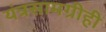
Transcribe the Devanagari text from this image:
यंत्रसामग्रीही